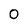
Character: 0